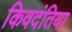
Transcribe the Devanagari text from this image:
किवदंतिया